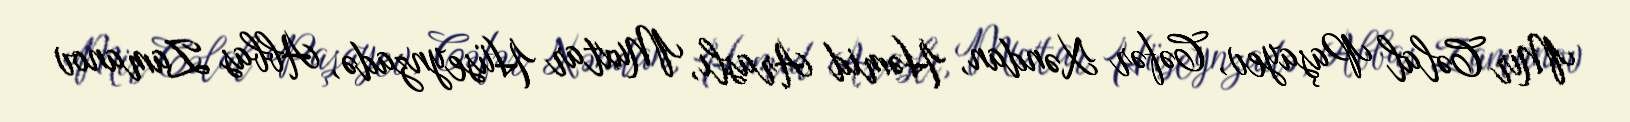
Mir Cəlal Paşayev, Cəfər Xəndan, Həmid Araslı, Muxtar Hüseynzadə, Abbas Zamanov